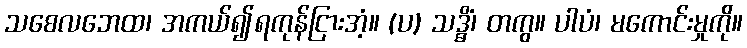
သစေလဘေထ၊ အကယ်၍ရကုန်ငြားအံ့။ (ပ) သဒ္ဓိံ၊ တကွ။ ပါပံ၊ မကောင်းမှုကို။